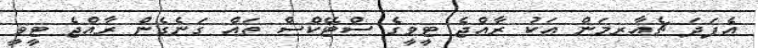
އެފަދަ ޗެއާރމަން އަކު ރާއްޖެ ޓީވީގެ ސްޓޭކްސް ތައް ގަނެގެން ރާއްޖެ ޓީވީ